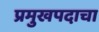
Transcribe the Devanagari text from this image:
प्रमुखपदाचा